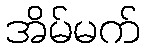
အိမ်မက်